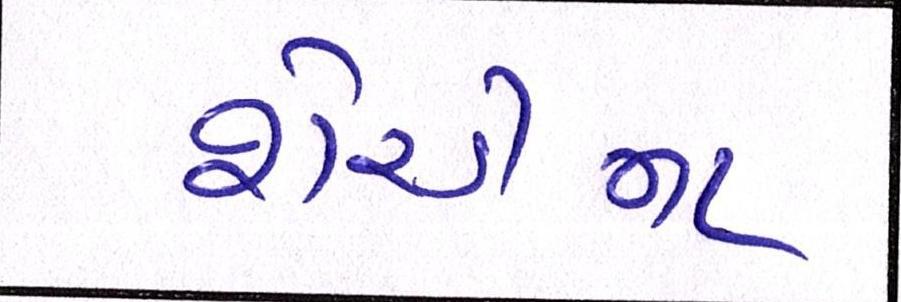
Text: શેરડીના